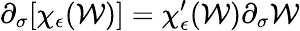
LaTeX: \partial_{\sigma}[\chi_{\epsilon}(\mathcal{W})]=\chi_{\epsilon}^{\prime}(\mathcal{W})\partial_{\sigma}\mathcal{W}